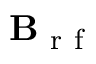
\mathbf { B } _ { \mathrm { ~ r ~ f ~ } }